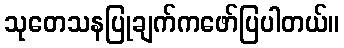
သုတေသနပြုချက်ကဖော်ပြပါတယ်။